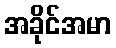
အခိုင်အမာ